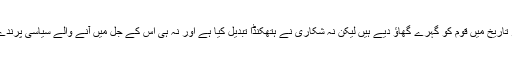
اسی گمان نے پاکستان کی مختصر تاریخ میں قوم کو گہرے گھاؤ دیے ہیں لیکن نہ شکاری نے ہتھکنڈا تبدیل کیا ہے اور نہ ہی اس کے جُل میں آنے والے سیاسی پرندے ہوش کے ناخن لینے پر تیار ہیں۔